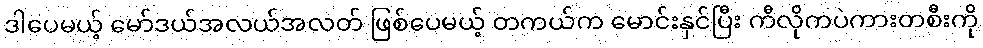
ဒါပေမယ့် မော်ဒယ်အလယ်အလတ် ဖြစ်ပေမယ့် တကယ်က မောင်းနှင်ပြီး ကီလိုကပဲကားတစီးကို